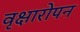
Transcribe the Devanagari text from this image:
वृक्षारोपन